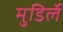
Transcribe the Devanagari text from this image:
मुडिर्ले